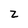
Character: z